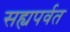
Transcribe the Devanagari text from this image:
सह्यपर्वत